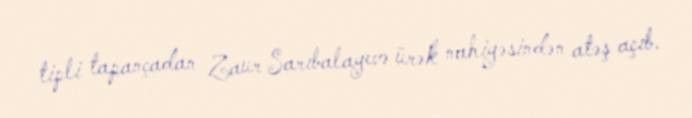
tipli tapançadan Zaur Sarıbalayevə ürək nahiyəsindən atəş açıb.